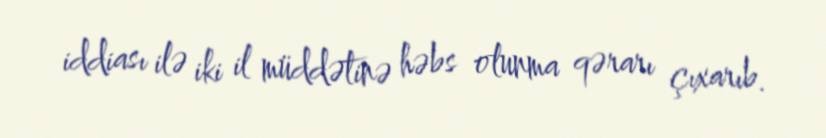
iddiası ilə iki il müddətinə həbs olunma qərarı çıxarıb.